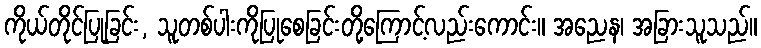
ကိုယ်တိုင်ပြုခြင်း, သူတစ်ပါးကိုပြုစေခြင်းတို့ကြောင့်လည်းကောင်း။ အညေန၊ အခြားသူသည်။